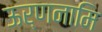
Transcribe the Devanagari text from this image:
ऊर्णनामि